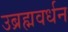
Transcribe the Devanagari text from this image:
उब्रह्मवर्धन